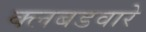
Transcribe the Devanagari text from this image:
क्लबडवारे